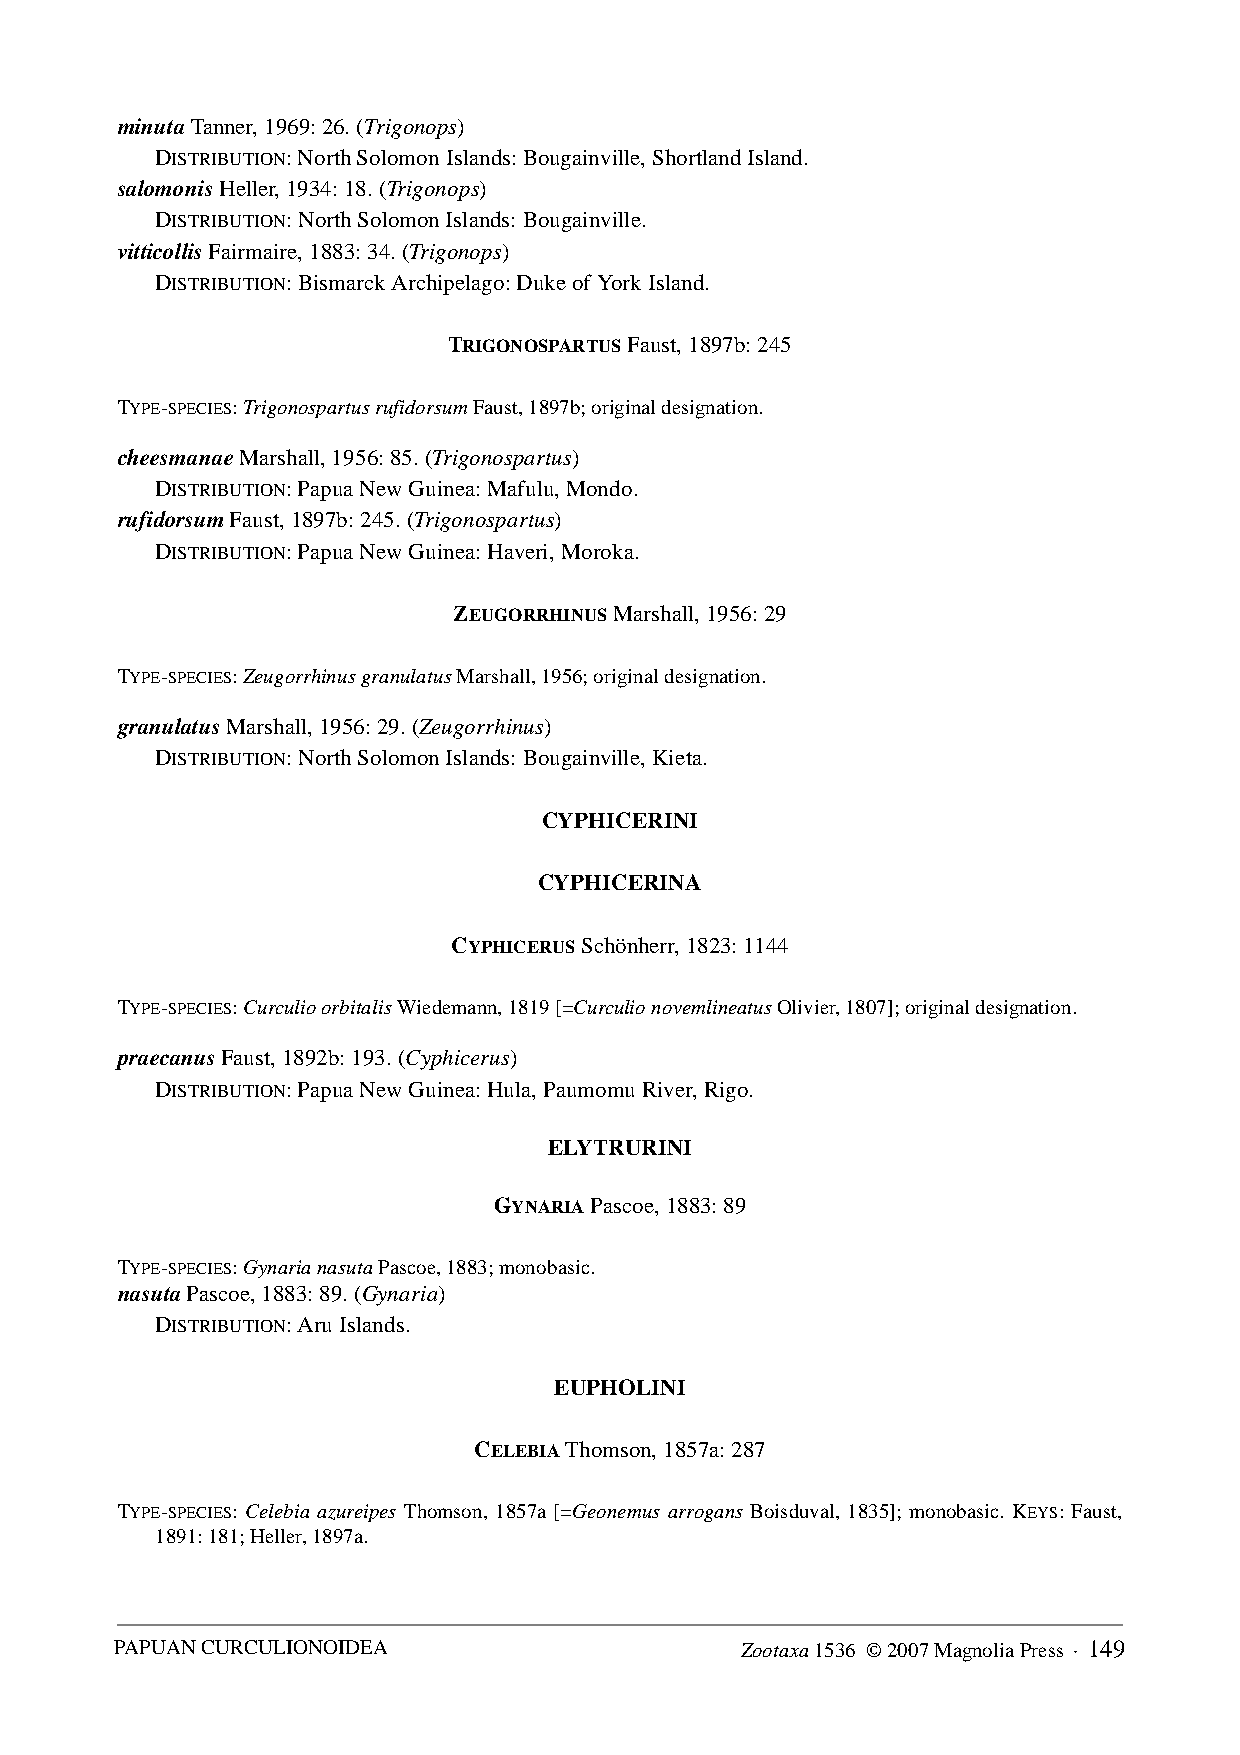
minuta Tanner, 1969: 26. (Trigonops)
 DISTRIBUTION: North Solomon Islands: Bougainville, Shortland Island.
 salomonis Heller, 1934: 18. (Trigonops)
 DISTRIBUTION: North Solomon Islands: Bougainville.
 vitticollis Fairmaire, 1883: 34. (Trigonops)
 DISTRIBUTION: Bismarck Archipelago: Duke of York Island.
 TRIGONOSPARTUS Faust, 1897b: 245
 TYPE-SPECIES: Trigonospartus rufidorsum Faust, 1897b; original designation.
 cheesmanae Marshall, 1956: 85. (Trigonospartus)
 DISTRIBUTION: Papua New Guinea: Mafulu, Mondo.
 rufidorsum Faust, 1897b: 245. (Trigonospartus)
 DISTRIBUTION: Papua New Guinea: Haveri, Moroka.
 ZEUGORRHINUS Marshall, 1956: 29
 TYPE-SPECIES: Zeugorrhinus granulatus Marshall, 1956; original designation.
 granulatus Marshall, 1956: 29. (Zeugorrhinus)
 DISTRIBUTION: North Solomon Islands: Bougainville, Kieta.
 CYPHICERINI
 CYPHICERINA
 CYPHICERUS Schönherr, 1823: 1144
 TYPE-SPECIES: Curculio orbitalis Wiedemann, 1819 [=Curculio novemlineatus Olivier, 1807]; original designation.
 praecanus Faust, 1892b: 193. (Cyphicerus)
 DISTRIBUTION: Papua New Guinea: Hula, Paumomu River, Rigo.
 ELYTRURINI
 GYNARIA Pascoe, 1883: 89
 TYPE-SPECIES: Gynaria nasuta Pascoe, 1883; monobasic.
 nasuta Pascoe, 1883: 89. (Gynaria)
 DISTRIBUTION: Aru Islands.
 EUPHOLINI
 CELEBIA Thomson, 1857a: 287
 TYPE-SPECIES: Celebia azureipes Thomson, 1857a [=Geonemus arrogans Boisduval, 1835]; monobasic. KEYS: Faust,
 1891: 181; Heller, 1897a.
 PAPUAN CURCULIONOIDEA                    Zootaxa 1536 © 2007 Magnolia Press · 149